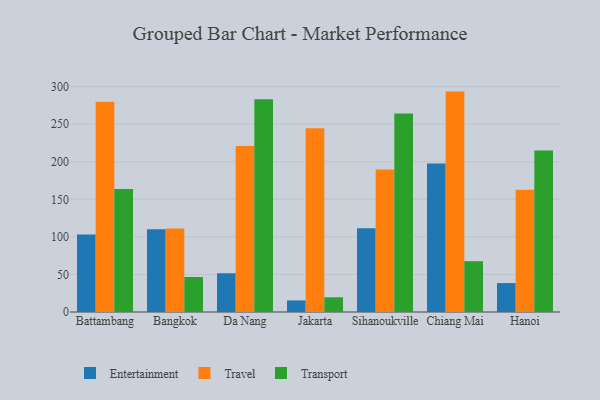
{"axis": {"x": "City", "y": "Budget (USD K)"}, "legend": ["Entertainment", "Transport", "Travel"], "data": [{"x": "Battambang", "y": 103.3, "type": "Entertainment"}, {"x": "Battambang", "y": 279.8, "type": "Travel"}, {"x": "Battambang", "y": 163.9, "type": "Transport"}, {"x": "Bangkok", "y": 110.0, "type": "Entertainment"}, {"x": "Bangkok", "y": 111.2, "type": "Travel"}, {"x": "Bangkok", "y": 46.6, "type": "Transport"}, {"x": "Da Nang", "y": 51.6, "type": "Entertainment"}, {"x": "Da Nang", "y": 221.0, "type": "Travel"}, {"x": "Da Nang", "y": 283.2, "type": "Transport"}, {"x": "Jakarta", "y": 15.4, "type": "Entertainment"}, {"x": "Jakarta", "y": 244.5, "type": "Travel"}, {"x": "Jakarta", "y": 19.6, "type": "Transport"}, {"x": "Sihanoukville", "y": 111.5, "type": "Entertainment"}, {"x": "Sihanoukville", "y": 189.7, "type": "Travel"}, {"x": "Sihanoukville", "y": 264.1, "type": "Transport"}, {"x": "Chiang Mai", "y": 197.6, "type": "Entertainment"}, {"x": "Chiang Mai", "y": 293.4, "type": "Travel"}, {"x": "Chiang Mai", "y": 67.6, "type": "Transport"}, {"x": "Hanoi", "y": 38.5, "type": "Entertainment"}, {"x": "Hanoi", "y": 162.6, "type": "Travel"}, {"x": "Hanoi", "y": 215.0, "type": "Transport"}]}